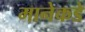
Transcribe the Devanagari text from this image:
मानेकडे